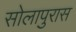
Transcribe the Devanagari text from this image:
सोलापुरास